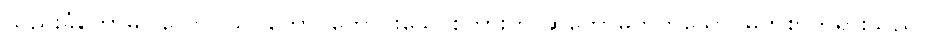
သည်းခံတော်မူပါလော။ သုဂတော၊ ကောင်းသောစကားကို ဆိုတော်မူတတ်သော မြတ်စွာဘုရားသည်။